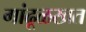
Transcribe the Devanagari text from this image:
गांढूळखत